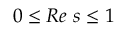
0 \leq R e \ s \leq 1